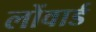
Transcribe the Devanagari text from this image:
लोंवार्ड